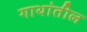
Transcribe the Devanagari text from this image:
गाथांतील